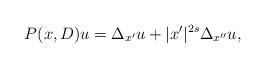
LaTeX: \begin{align*}P(x,D)u=\Delta_{x'} u+ |x'|^{2s} \Delta_{x''} u , \end{align*}